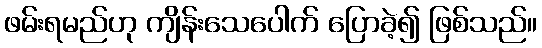
ဖမ်းရမည်ဟု ကျိန်းသေပေါက် ပြောခဲ့၍ ဖြစ်သည်။